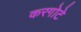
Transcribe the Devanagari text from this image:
करगोटे